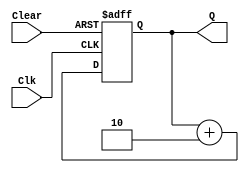
module FourBitUpCounter(Clk, Clear, Q);
	input Clk, Clear;
	output reg [2:0] Q;
	
	always @ (posedge Clk or posedge Clear) begin
		if (Clear)
			Q = 3'b000;
		else
			Q = Q + 2'b10;
	end
endmodule